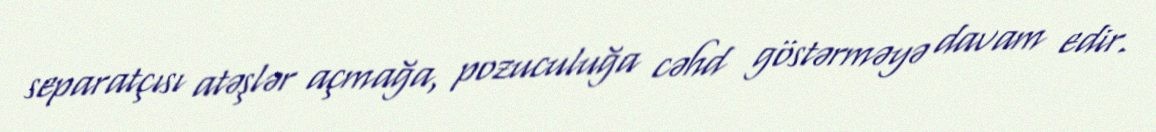
separatçısı atəşlər açmağa, pozuculuğa cəhd göstərməyə davam edir.